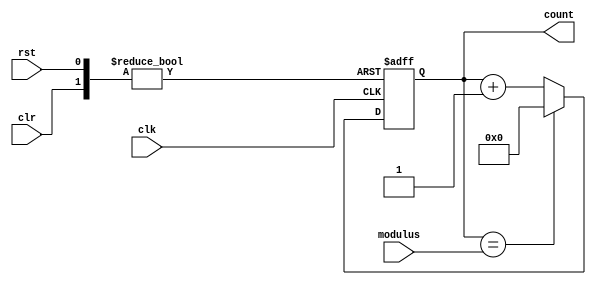
module ModulusCounter (
    input wire clk,
    input wire rst,
    input wire clr,
    input wire [7:0] modulus,
    output reg [7:0] count
);

always @(posedge clk or posedge rst or posedge clr) begin
    if (rst) begin
        count <= 8'h00;
    end else if (clr) begin
        count <= 8'h00;
    end else begin
        if (count == modulus) begin
            count <= 8'h00;
        end else begin
            count <= count + 1;
        end
    end
end

endmodule